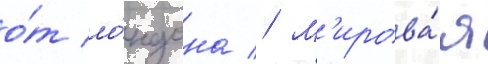
о́т ло́ндона // М'ирова́я